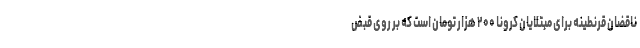
ناقضان قرنطینه برای مبتلایان کرونا ۲۰۰ هزار تومان است که بر روی قبض